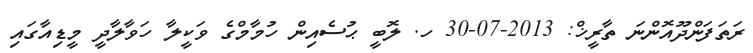
ރަތަފަންދޫއޮންނަ ތާރީޚް: 2013-07-30 ހ. ލޮބީ ޙުސެއިން ހުމާމްގެ ވަކީލާ ހަވާލާދީ މީޑިއާގައި